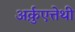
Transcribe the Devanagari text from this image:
अर्क़ुएत्तेथी